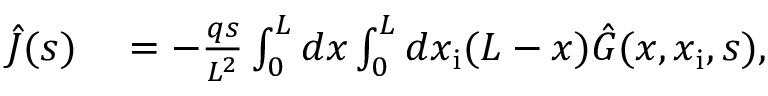
\begin{array} { r l } { \hat { J } ( s ) } & { { } = - \frac { q s } { L ^ { 2 } } \int _ { 0 } ^ { L } d x \int _ { 0 } ^ { L } d x _ { \mathrm { i } } ( L - x ) \hat { G } ( x , x _ { \mathrm { i } } , s ) , } \end{array}